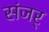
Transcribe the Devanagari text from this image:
संजर्